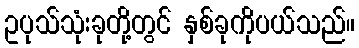
ဥပုသ်သုံးခုတို့တွင် နှစ်ခုကိုပယ်သည်။